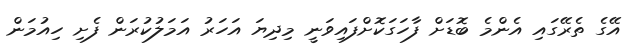
އޭގެ ތެރޭގައި އެންމެ ބޮޑަށް ފާހަގަކޮށްފައިވަނީ މިދިޔަ އަހަރު އަމަލުކުރަން ފެށި ހިއުމަން